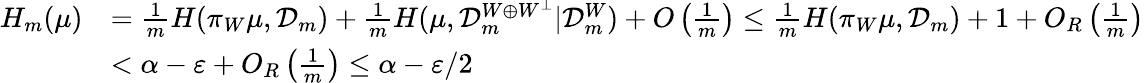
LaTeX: \begin{array}{rl}{H_{m}(\mu)}&{=\frac{1}{m}H(\pi_{W}\mu,{\mathcal D}_{m})+\frac{1}{m}H(\mu,{\mathcal D}_{m}^{W\oplus W^{\perp}}|{\mathcal D}_{m}^{W})+O\left(\frac{1}{m}\right)\leq\frac{1}{m}H(\pi_{W}\mu,{\mathcal D}_{m})+1+O_{R}\left(\frac{1}{m}\right)}\\ &{<\alpha-\varepsilon+O_{R}\left(\frac{1}{m}\right)\leq\alpha-\varepsilon/2}\end{array}